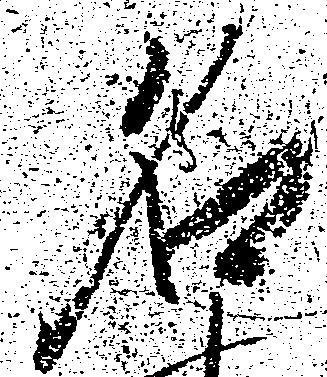
名